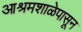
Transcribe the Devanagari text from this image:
आश्रमशाळेपासून